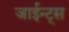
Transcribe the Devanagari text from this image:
जाईन्ट्स